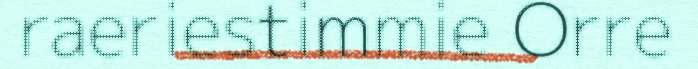
raeriestimmie Orre